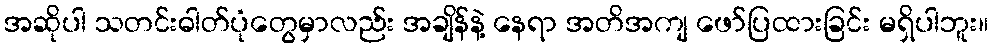
အဆိုပါ သတင်းဓါတ်ပုံတွေမှာလည်း အချိန်နဲ့ နေရာ အတိအကျ ဖော်ပြထားခြင်း မရှိပါဘူး။